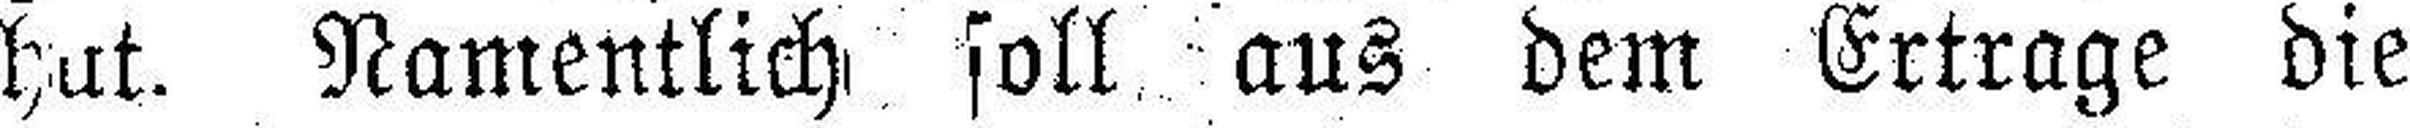
hat. Namentlich soll aus dem Ertrage die